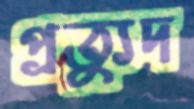
প্রত্যুদ